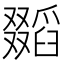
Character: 𠮐